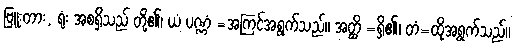
ဗြူးတား, ရုံး အစရှိသည် တို့၏၊ ယံ ပဏ္ဏံ =အကြင်အရွက်သည်။ အတ္ထိ =ရှိ၏၊ တံ=ထိုအရွက်သည်။